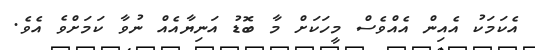
އެކަމަކު އެއިން އެއްވެސް މީހަކަށް މާ ބޮޑު އަނިޔާއެއް ނުވާ ކަމަށްވެ އެވެ.